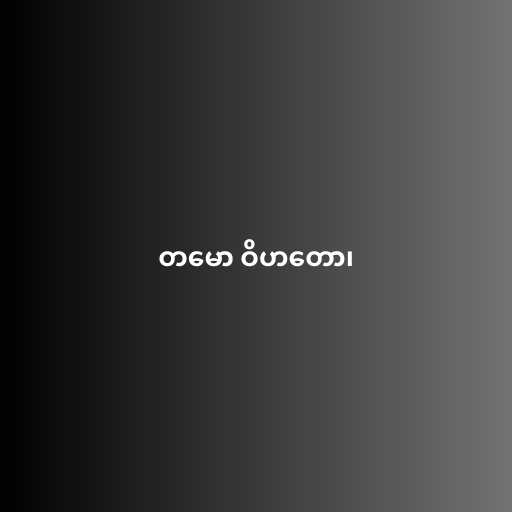
တမော ဝိဟတော၊